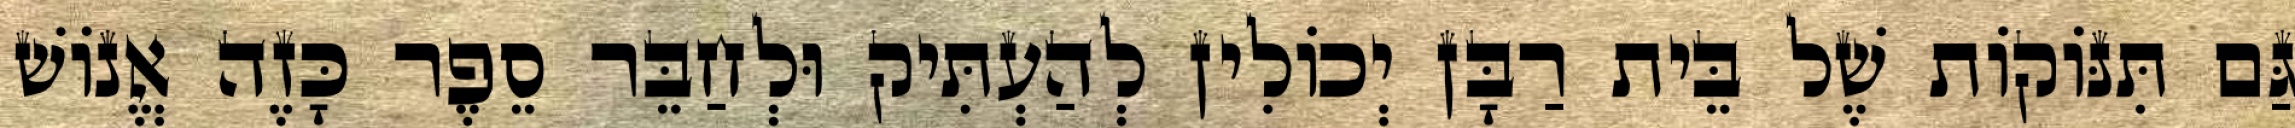
גַּם תִּנּוֹקוֹת שֶׁל בֵּית רַבָּן יְכוֹלִין לְהַעְתִּיק וּלְחַבֵּר סֵפֶר כָּזֶה אֱנוֹשׁ